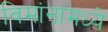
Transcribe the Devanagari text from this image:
विमांनामध्ये